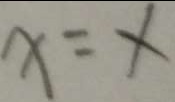
x = x